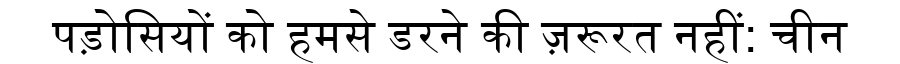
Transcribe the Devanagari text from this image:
पड़ोसियों को हमसे डरने की ज़रूरत नहीं: चीन